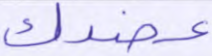
عضدك